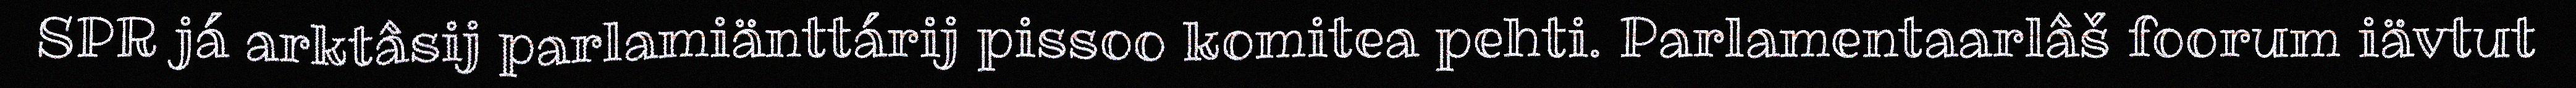
SPR já arktâsij parlamiänttárij pissoo komitea pehti. Parlamentaarlâš foorum iävtut